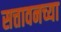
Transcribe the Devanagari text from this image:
सत्तावनच्या